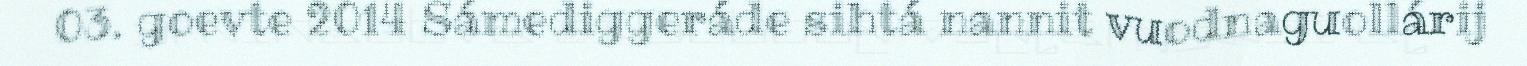
03. goevte 2014 Sámediggeráde sihtá nannit vuodnaguollárij